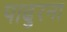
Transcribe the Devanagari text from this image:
पाढुरना